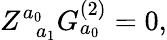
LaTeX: Z_{\; \; a_{1}}^{a_{0}}G_{a_{0}}^{(2)}=0,